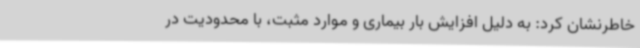
خاطرنشان کرد: به دلیل افزایش بار بیماری و موارد مثبت، با محدودیت در